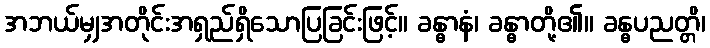
အဘယ်မျှအတိုင်းအရှည်ရှိသောပြခြင်းဖြင့်။ ခန္ဓာနံ၊ ခန္ဓာတို့၏။ ခန္ဓပညတ္တိ၊